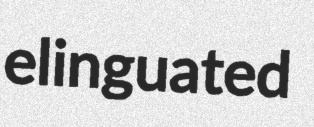
elinguated